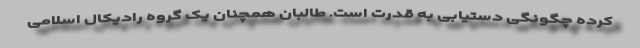
کرده چگونگی دستیابی به قدرت است. طالبان همچنان یک گروه رادیکال اسلامی